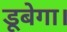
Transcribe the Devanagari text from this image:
डूबेगा।